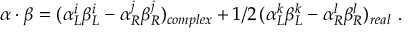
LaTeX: \alpha \cdot \beta = ( \alpha _ { L } ^ { i } \beta _ { L } ^ { i } - \alpha _ { R } ^ { j } \beta _ { R } ^ { j } ) _ { c o m p l e x } + 1 / 2 \, ( \alpha _ { L } ^ { k } \beta _ { L } ^ { k } - \alpha _ { R } ^ { l } \beta _ { R } ^ { l } ) _ { r e a l } \ .